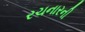
રચનારની